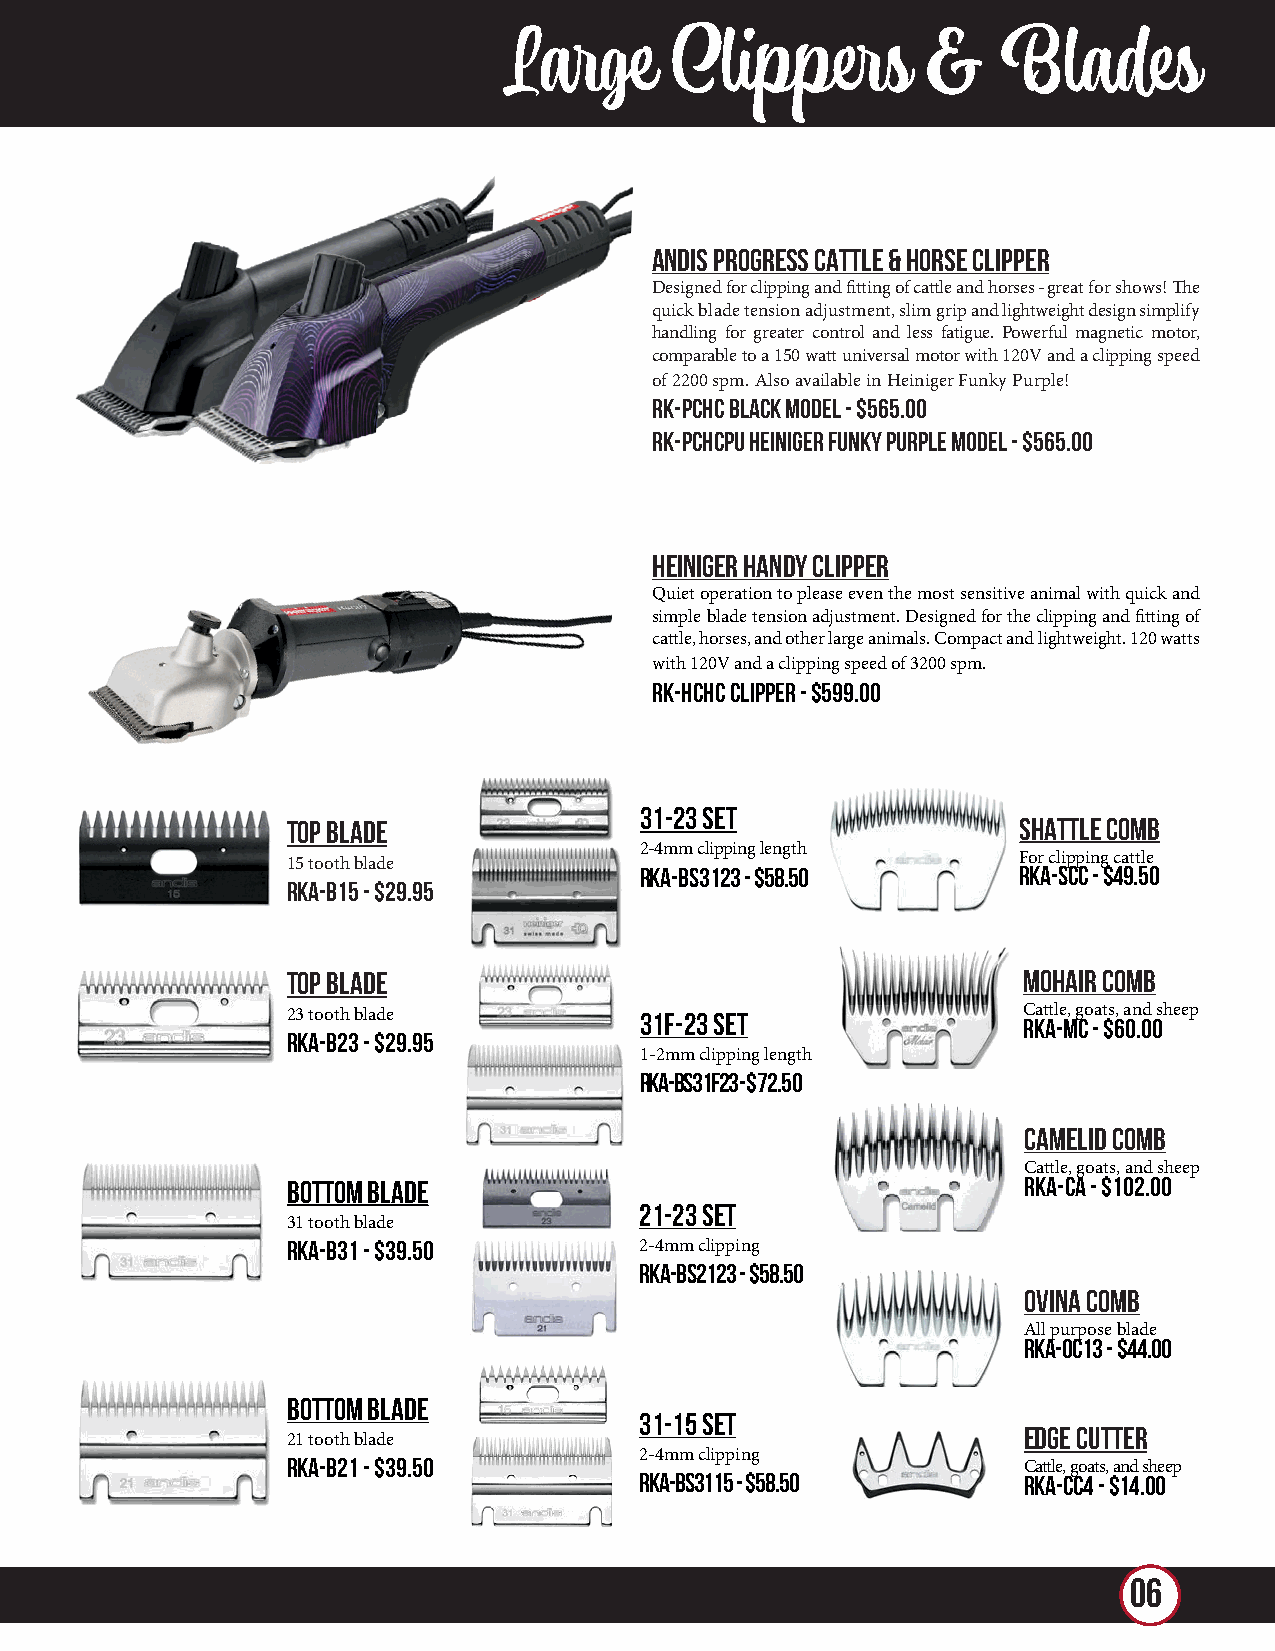
Large     Clippers         &    Blades
 ANDIS PROGRESS CATTLE & HORSE CLIPPER
 Designed for clipping and fitting of cattle and horses - great for shows! The
 quick blade tension adjustment, slim grip and lightweight design simplify
 handling for greater control and less fatigue. Powerful magnetic motor,
 comparable to a 150 watt universal motor with 120V and a clipping speed
 of 2200 spm. Also available in Heiniger Funky Purple!
 RK-PCHC Black Model - $565.00
 RK-PCHCPU Heiniger Funky Purple Model - $565.00
 HEINIGER HANDY CLIPPER
 Quiet operation to please even the most sensitive animal with quick and
 simple blade tension adjustment. Designed for the clipping and fitting of
 cattle, horses, and other large animals. Compact and lightweight. 120 watts
 with 120V and a clipping speed of 3200 spm.
 RK-HCHC Clipper - $599.00
 31-23 SET
 TOP BLADE                                       SHATTLE COMB
 2-4mm clipping length
 15 tooth blade                                  For clipping cattle
 RKA-BS3123 - $58.50      RKA-SCC - $49.50
 RKA-B15 - $29.95
 Top Blade                                        MOHAIR COMB
 23 tooth blade         31F-23 SET                C RKat Atl -e M, g Co -a t $s, 6 a 0n .0d 0sheep
 RKA-B23 - $29.95
 1-2mm clipping length
 RKA-BS31F23 - $72.50
 CAMELID COMB
 Cattle, goats, and sheep
 BOTTOM BLADE                                     RKA-CA - $102.00
 21-23 SET
 31 tooth blade
 RKA-B31 - $39.50       2-4mm clipping
 RKA-BS2123 - $58.50
 OVINA COMB
 All purpose blade
 RKA-OC13 - $44.00
 BOTTOM BLADE
 31-15 SET
 EDGE CUTTER
 21 tooth blade
 2-4mm clipping
 RKA-B21 - $39.50                                 Cattle, goats, and sheep
 RKA-BS3115 - $58.50       RKA-CC4 - $14.00
 06